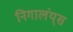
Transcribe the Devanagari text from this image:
निगालंय्‌स